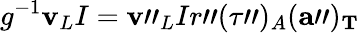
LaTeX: g^{-1}{\mathbf v}_{L}I={\mathbf v}"_{L}Ir"(\tau")_{A}({\mathbf a}")_{\mathbf T}